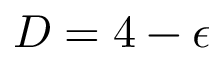
D = 4 - \epsilon